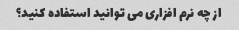
از چه نرم افزاری می توانید استفاده کنید؟